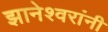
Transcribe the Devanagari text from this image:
झानेश्वरांनी